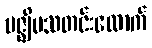
မဇ္ဈိမသတင်းထောက်